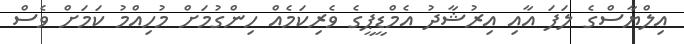
އިލްޔާސްގެ ލަފަ އާއި އިރުޝާދު އެމްޑީޕީގެ ވެރިކަމެއް ހިންގުމަށް މުހިއްމު ކަމަށް ވެސް